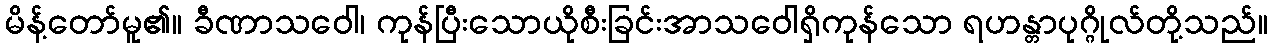
မိန့်တော်မူ၏။ ခီဏာသဝေါ၊ ကုန်ပြီးသောယိုစီးခြင်းအာသဝေါရှိကုန်သော ရဟန္တာပုဂ္ဂိုလ်တို့သည်။